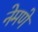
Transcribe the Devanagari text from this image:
नेमणे